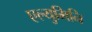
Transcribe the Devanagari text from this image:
एल्युमिनि